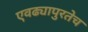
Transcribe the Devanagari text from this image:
एवढ्यापुरतेच